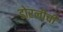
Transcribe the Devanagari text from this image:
डोरलीची